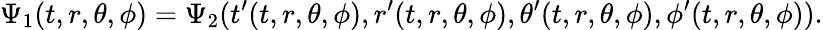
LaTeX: \Psi_{1}(t,r,\theta,\phi)=\Psi_{2}(t^{\prime}(t,r,\theta,\phi),r^{\prime}(t,r,\theta,\phi),\theta^{\prime}(t,r,\theta,\phi),\phi^{\prime}(t,r,\theta,\phi)).